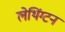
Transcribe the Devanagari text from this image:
लेथिंग्टन